Jaan_Tonisson_(Lasteleht), lk 97
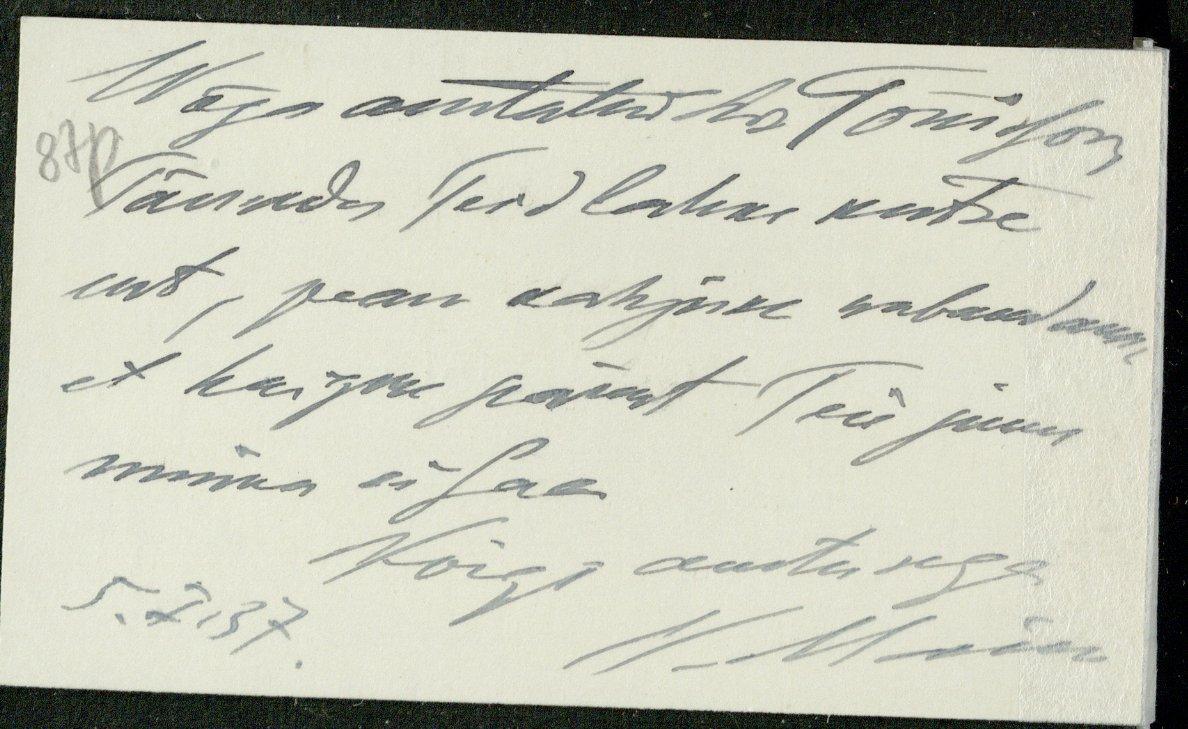
Wäga austatud hr. Tõnison,
87p
Tänades Teid lahke kutse
eest, pean kahjuks wabandama
et haiguse pärast Teie juure
minna ei saa.
5.7 .37
Kõigi austusega
Mõõms